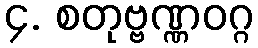
၄. စတုဗ္ဗဏ္ဏဝဂ္ဂ